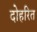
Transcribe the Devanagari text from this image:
दोहरित